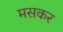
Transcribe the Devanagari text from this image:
मसकर